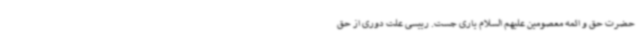
حضرت حق و ائمه معصومین علیهم السلام یاری جست. رییسی علت دوری از حق